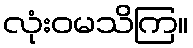
လုံးဝမသိကြ။